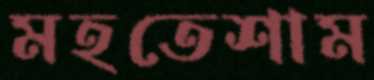
মহতেশাম